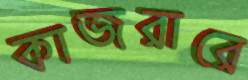
কাজরারে